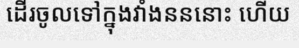
ដើរចូលទៅក្នុងវាំងនននោះ ហើយ